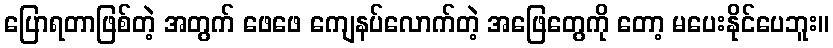
ပြောရတာဖြစ်တဲ့ အတွက် ဖေဖေ ကျေနပ်လောက်တဲ့ အဖြေတွေကို တော့ မပေးနိုင်ပေဘူး။